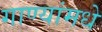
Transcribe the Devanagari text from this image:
गाण्यांमधे